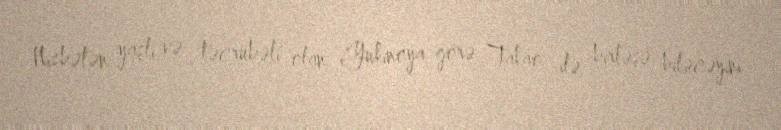
Nisbətən yaşlı və təcrübəli olan Yukinoya görə Takao ilə birləşə biləcəyini